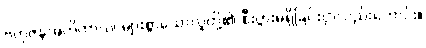
ဗဟုဇနအဟိတာယ၊ များစွာသောလူတို့၏ စီးပွားမရှိခြင်းငှာလည်းကောင်း။